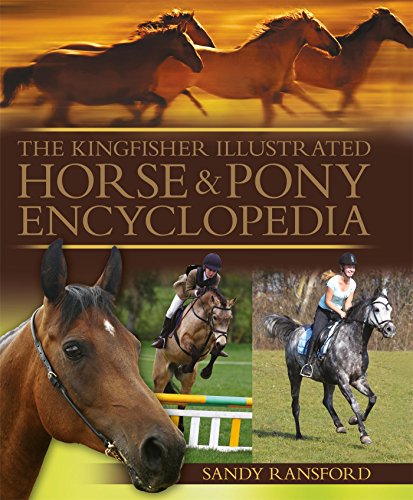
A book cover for The Kingfisher Illustrated Horse and Pony Encyclopedia; Sandy Ransford; Reference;